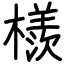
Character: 檨